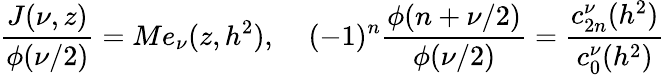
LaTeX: \frac{J(\nu,z)}{\phi(\nu/2)}=Me_{\nu}(z,h^{2}),\; \; \; \; (-1)^{n}\frac{\phi(n+\nu/2)}{\phi(\nu/2)}=\frac{c_{2n}^{\nu}(h^{2})}{c_{0}^{\nu}(h^{2})}